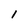
Character: l